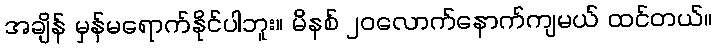
အချိန် မှန်မရောက်နိုင်ပါဘူး။ မိနစ် ၂၀လောက်နောက်ကျမယ် ထင်တယ်။